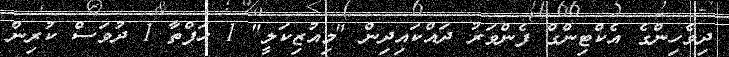
ދިވެހިންގެ އެކްޓިންގް ފެންވަރު ދައްކައިދިން "މިއުޒިކަލީ" 1 ހަފްތާ 1 ދުވަސް ކުރިން